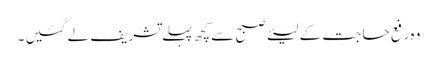
وہ رفع حا جت کے لیئے صبح سے کچھ پہلے تشریف لے گئیں ۔